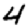
Digit: 4